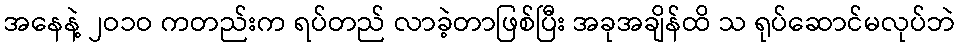
အနေနဲ့ ၂ဝ၁ဝ ကတည်းက ရပ်တည် လာခဲ့တာဖြစ်ပြီး အခုအချိန်ထိ သ ရုပ်ဆောင်မလုပ်ဘဲ